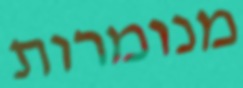
מנומרות